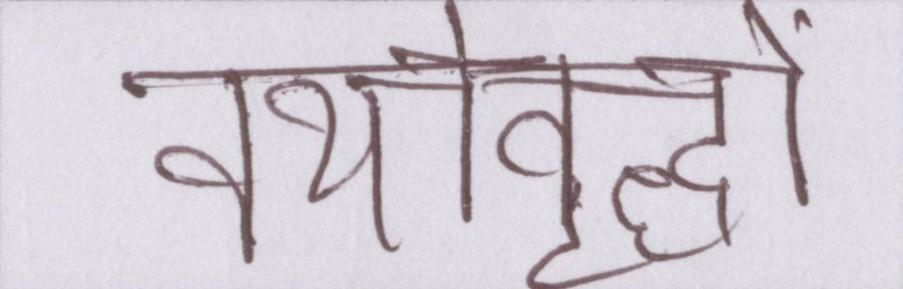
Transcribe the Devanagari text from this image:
वयोवृद्धों